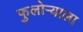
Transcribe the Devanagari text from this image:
फुलोऱ्याला